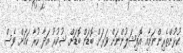
ކުޅުންތެރިންނަށާއި އޮފިޝަލުންނަށް ވަރަށް ބޮޑަށް ބޮޑަށް ޝުކުރު އަދާ ކުރާ ކަމަށް ވެސް